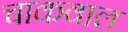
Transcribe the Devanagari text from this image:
चाकवाल